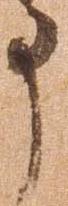
事